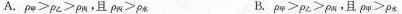
A.$$\rho _ { 甲 } > \rho _ { 乙 } > \rho _ { 丙 }$$，且$$\rho _ { 丙 } > \rho _ { 水 }$$ B.$$\rho _ { 甲 } > \rho _ { 乙 } > \rho _ { 丙 }$$，且$$\rho _ { 甲 } > \rho _ { 水 }$$